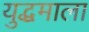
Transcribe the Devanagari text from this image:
युद्धमाला